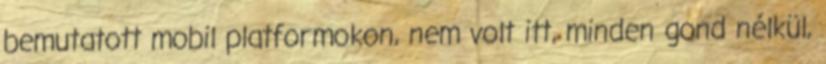
bemutatott mobil platformokon, nem volt itt, minden gond nélkül,